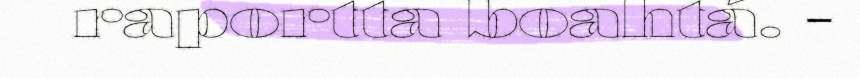
raportta boahtá. -